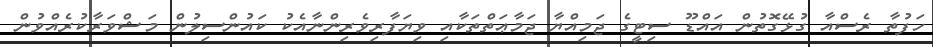
ހަފުތާ ރެސްއާ ގުޅޭގޮތުން އައްޑޫ ސިޓީގެ ޖަމިއްޔާ ޖަމާޢަތްތަކާއި ވިޔަފާރިވެރިންނާއެކު ކައުންސިލުން މަޝްވަރާކުރެއްވުން